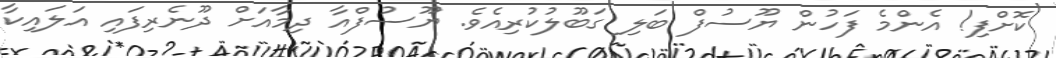
ކޮށްފި! އެންމެ ފަހުން ޔޫސުފް ބަލި ގަބޫލުކުރިއެވެ. ޔޫސުފްއާ ދިމާއަށް ދޫނެރިފައި އަލައިކާ